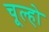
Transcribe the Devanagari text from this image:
चूल्हो